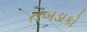
તબડાકો